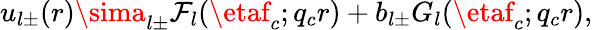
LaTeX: u_{l\pm}(r)\sima_{l\pm}\mathcal{F}_{l}(\etaf_{c};q_{c}r)+b_{l\pm}G_{l}(\etaf_{c};q_{c}r),